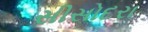
સીસોદરા